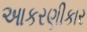
આકરણીકાર